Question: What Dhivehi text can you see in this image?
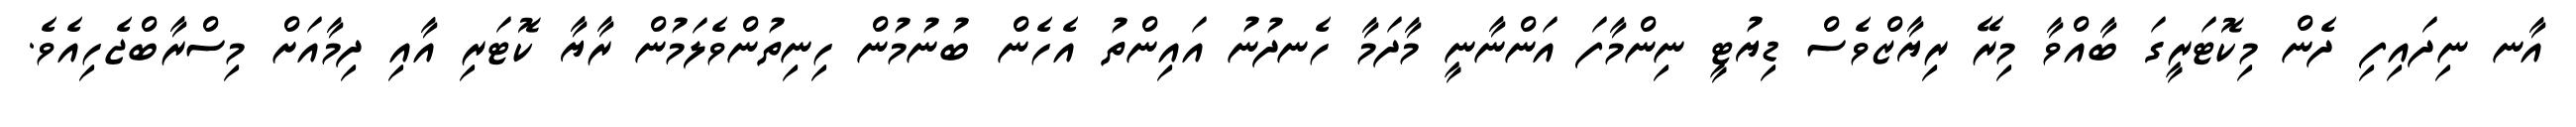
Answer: އާނ ނިދައިފި ދެން މިކޮޓަރީގަ ބާއްވާ މިރޭ ރިޔާޒްވެސް ޑިޔުޓީ ނިންމާފަ އަންނާނީ މާދަމާ ހެނދުނު އައިންތު އެހެން ބުނުމުން ހިނިތުންވެލަމުން ރާޔާ ކޮޓަރި އާއި ދިމާއަށް މިސްރާބްޖެހިއެވެ.